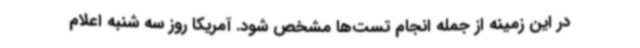
در این زمینه از جمله انجام تست‌ها مشخص شود. آمریکا روز سه شنبه اعلام